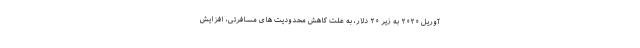
آوریل ۲۰۲۰ به زیر ۲۰ دلار، به علت کاهش محدودیت های مسافرتی، افزایش